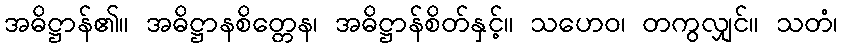
အဓိဋ္ဌာန်၏။ အဓိဋ္ဌာနစိတ္တေန၊ အဓိဋ္ဌာန်စိတ်နှင့်။ သဟေဝ၊ တကွလျှင်။ သတံ၊